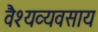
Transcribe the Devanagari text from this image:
वैश्यव्यवसाय